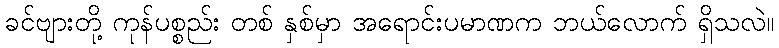
ခင်ဗျားတို့ ကုန်ပစ္စည်း တစ် နှစ်မှာ အရောင်းပမာဏက ဘယ်လောက် ရှိသလဲ။